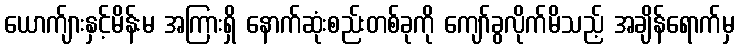
ယောက်ျားနှင့်မိန်းမ အကြားရှိ နောက်ဆုံးစည်းတစ်ခုကို ကျော်ခွလိုက်မိသည့် အချိန်ရောက်မှ